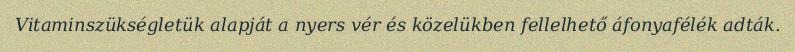
Vitaminszükségletük alapját a nyers vér és közelükben fellelhető áfonyafélék adták.